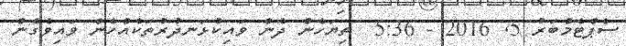
ސެޕްޓެމްބަރު 5